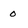
Character: 0